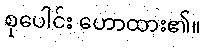
စုပေါင်း ဟောထား၏။